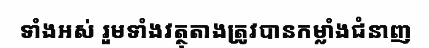
ទាំងអស់ រួមទាំងវត្ថុតាងត្រូវបានកម្លាំងជំនាញ